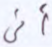
أنى